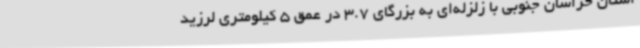
استان خراسان جنوبی با زلزله‌ای به بزرگای 3.7 در عمق 5 کیلومتری لرزید